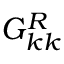
G _ { k k } ^ { R }